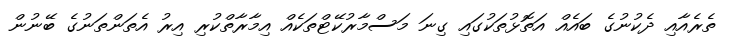
ތެރެއާއި ދެކުނުގެ ބައެއް އަތޮޅުތަކުގައި ގިނަ މަސްމާރުކޭޓްތަކެއް އިމާރާތްކުރި އިރު އެތަންތަނުގެ ބޭނުން